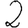
Digit: 2